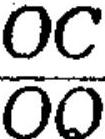
\(\frac{OC}{OQ}\)